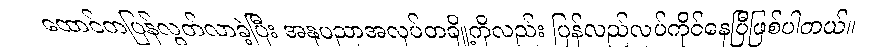
ထောင်ကပြန်လွတ်လာခဲ့ပြီး အနုပညာအလုပ်တချို့ကိုလည်း ပြန်လည်လုပ်ကိုင်နေပြီဖြစ်ပါတယ်။